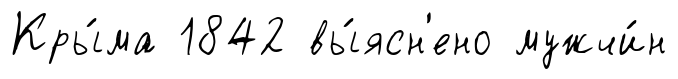
Кры́ма 1842 вы́ясн'ено мужчи́н